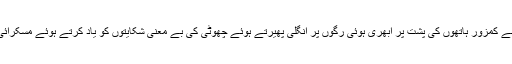
وہ تکیے کے ساتھ ٹیک لگائے نیم دراز حالت میں بیٹھی اپنے کمزور ہاتھوں کی پشت پر ابھری ہوئی رگوں پر انگلی پھیرتے ہوئے چھوٹی کی بے معنی شکایتوں کو یاد کرتے ہوئے مسکرائی اور اس کا دل لاڈ سے اور رفاقت کی خواہش سے بھرگیا۔